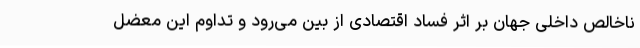
ناخالص داخلی جهان بر اثر فساد اقتصادی از بین می‌رود و تداوم این معضل